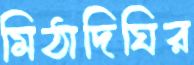
মিঠাদিঘির